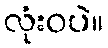
လုံးဝပဲ။